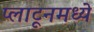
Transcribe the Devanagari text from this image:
प्लाटूनमध्ये